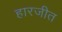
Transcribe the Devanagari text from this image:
हारजीत